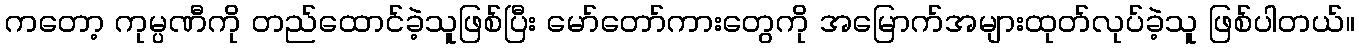
ကတော့ ကုမ္ပဏီကို တည်ထောင်ခဲ့သူဖြစ်ပြီး မော်တော်ကားတွေကို အမြောက်အများထုတ်လုပ်ခဲ့သူ ဖြစ်ပါတယ်။